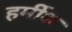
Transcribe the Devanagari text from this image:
हर्मीश